Vital statistics of India. Vol. IV, Annual returns from 1871 to 1876. British Army of India, Native Army and jails of Bengal
Year: 1871
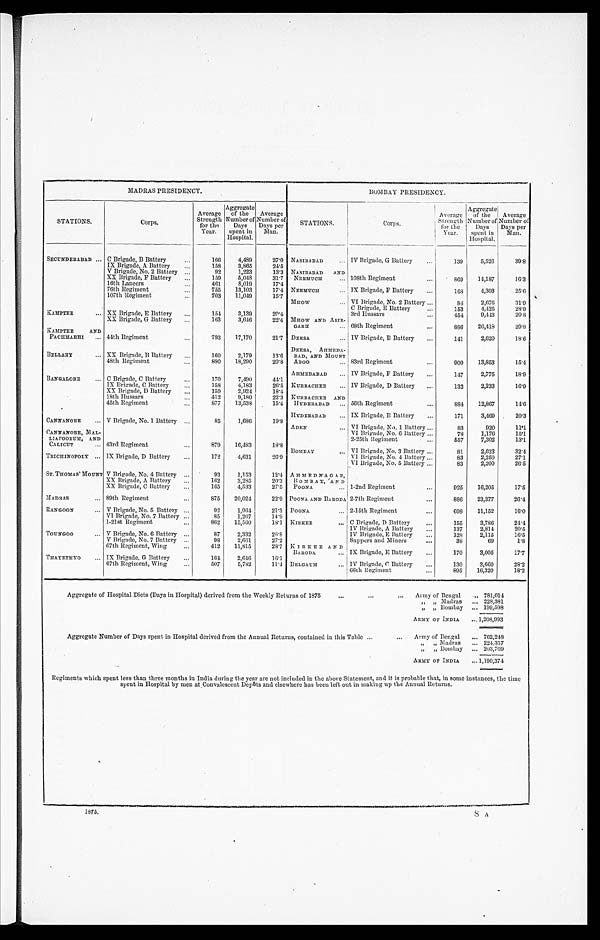
MADRAS PRESIDENCY.
BOMBAY PRESIDENCY.
STATION S.
Corps.
Average
Stren gth
for the
Year.
Aggregate
of the
Number of
Days
spent in
Hospital.
Average
Number of
Days per
Man.
STATIONS.
Corps.
Average
Strength for the
Year.
Aggregate
of the Number of
Days
spent in
Hospital.
Average
Number of
Days per
Man.
SECUNDERABAD ... C Brigade, B Battery
...
166
4,489
27.0 NASIRABAD
... IV Brigade, G Battery
...
139
5,526
39.8
IX Brigade, A Battery
...
158
3,865
24.5
V Brigade, No. 2 Battery ...
92
1,223
13.3 NASIRABAD AND
XX Brigade, F Battery
...
...
159
5,048
31.1 NEEMUCH
... 108th Regiment
...
869 14,187
16.3
16th Lancers
...,
4 6 1 8,019
17.4
76th Regiment
755
13,103
17.4 NEEMUCH
... IX Brigade, F Battery ...
168
4,303
25.6
KAMPTEE ...
107th Regiment
...
703 11,049
15.7 MHow
... VI Brigade, No. 2 Battery ...
84
2,676
31.9
C Brigade, E Battery
...
153
4,125
28.9
XX Brigade, E Battery ...
154
3,139
20.4
3rd Hussars
...
454
9,413
20.8
XX Brigade, G Battery ...
163
3,646
22.4 MHOW AND
ASIR
GARH
... 68th Regiment
...
886
26,418
29.8
KAMPTEE
AND 44th Regiment
...
793
17,170
21.1 DEESA
... IV Brigade, B Battery ...
141
2,620
18.6
PACHMARHI ...
BELLARY
... XX Brigade, 13 Battery
160
2,179
13.6
DEESA, AHMEDA-
BAD, AND MOUNT
48th Regiment
...
880
18,290
20.8 ABOO
... 83rd Regiment
...
900 13,853
15.4
BANGALORE
... C Brigade, C Battery
...
170
7,490
44.1
AHMEDABAD ... IV Brigade, F Battery ...
147
2,775
18.9
IX Brigade, C Battery
...
158
4,183
26.5 KURRACHEE ... IV Brigade, D Battery ...
132
2,233
16.9
XX Brigade, D Battery ...
159
2,021
18'4
18th Hussars
412
9,180
22'3 KURR A CHEE AND
45th Regiment
...
877
13,538
15.4 HYDERABAD ... 56th Regiment
...
881
12,867
14.6
CANNANORE ... V Brigade, No. 1 Battery ...
85
1,686
19.8
HYDERABAD ... IX Brigade, B Battery ...
171
3,469
20.3
ADEN
...
...
VI Brigade, No. 1 Battery ...
...
83
78
920
1,176
11.1
15.1
CANNANORE, MAL-
VI Brigade, No. 6 Battery
BOMBAY
2-25th Regiment
...
5 5 7 7,302
13.1
LIAPOORUM, AND
CALICUT
... 43rd Regiment
...
8 7 9 16,483
18.8
VI Brigade, No. 3 Battery ...
81
2,623
32.4
TRICHINOPOLY ... IX Brigade, D Battery
...
172
4,631
26.9
VI Brigade, No. 4 Battery ...
83
2,250
27.1
VI Brigade, No. 5 Battery ...
83
2,200
26.5
ST. THOMAS' MOUNT V Brigade, No. 4 Battery ...
93
1,153
12.4 A HMEDNAGA R,
XX Brigade, A Battery ...
162
3,285
20.3 BOMBAY, AND
XX Brigade, C Battery
...
165
4,533
27.5 POONA
... 1-2nd Regiment
...
925
16,205
17.5
MADRAS
... 89th Regiment
...
875 20,024
22.9 POONA AND BARODA., 2-7th Regiment
...
886
23,377
26.4
RANGOON
... V Brigade, No. 5 Battery ...
92
1,964
21.3 POONA
.., 2-15th Regiment
...
698
11,152
16.0
VI Brigade, No. 7 Battery ...
85
1,267
14'9
1-21st Regiment
...
862
15,560
18.1 KIRKEE
... C Brigade, D Battery
...
155
3,786
20.5
TOUNGOO
... V Brigade, No. 6 Battery ...
87
2,332
6.8
IV Brigade, A Battery
IV Brigade, E Battery
...
137
128
2,814
2,115
16.5
V Brigade, No. 7 Battery ...
98
2,661
27.2
Sappers and Miners
...
38
69
1.8
67th Regiment, Wing
...
412 11,815
28.7 KIRIKEE AND
THAYETMYO
IX Brigade, G Battery ...
164
2,646
16.1
BARODA.
... IX Brigade, E Battery ...
170
3,005
17.7
... 67th Regiment, Wing
...
507
5,782
11.4 BELGAUM
... IV Brigade, C Battery
...
130
3,660
28.2
16,320
18.2
66th Regiment
...
895
Aggregate of Hospital Diets (Days in Hospital) derived from the Weekly Returns of 187
...
...
... Army of Bengal ... 781,014
„ „ Madras ... 228,381
„ „ Bombay ... 199,598
ARMY OF INDIA. ... 1,208,993
Aggregate Number of Days spent in Hospital derived from the Annual Returns, contained in this Table ...
... Army of Bengal ... 762,248
„ „ :Madras ... 224,357
„ „ Bombay ... 203,769
ARMY OF INDIA. ... 1,190,374
Regiments which spent less than three months in India during the year are not included in the above Statement, and it is probable that, in some instances, the time
spent in Hospital by men at Convalescent Depôts and elsewhere has been left out in making up the Annual Returns.